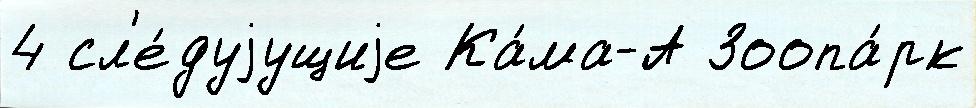
4 сл'е́дуjущиjе Ка́ма-А Зоопа́рк